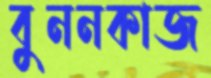
বুননকাজ